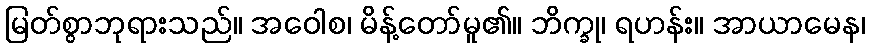
မြတ်စွာဘုရားသည်။ အဝေါစ၊ မိန့်တော်မူ၏။ ဘိက္ခု၊ ရဟန်း။ အာယာမေန၊